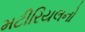
મટીરિયલનો